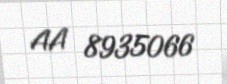
AA 8935066